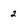
Character: 2